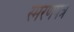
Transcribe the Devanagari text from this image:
स्मरणपत्र